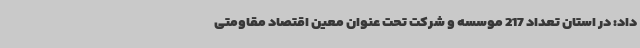
داد: در استان تعداد 217 موسسه و شرکت تحت عنوان معین اقتصاد مقاومتی